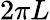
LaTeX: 2\pi L